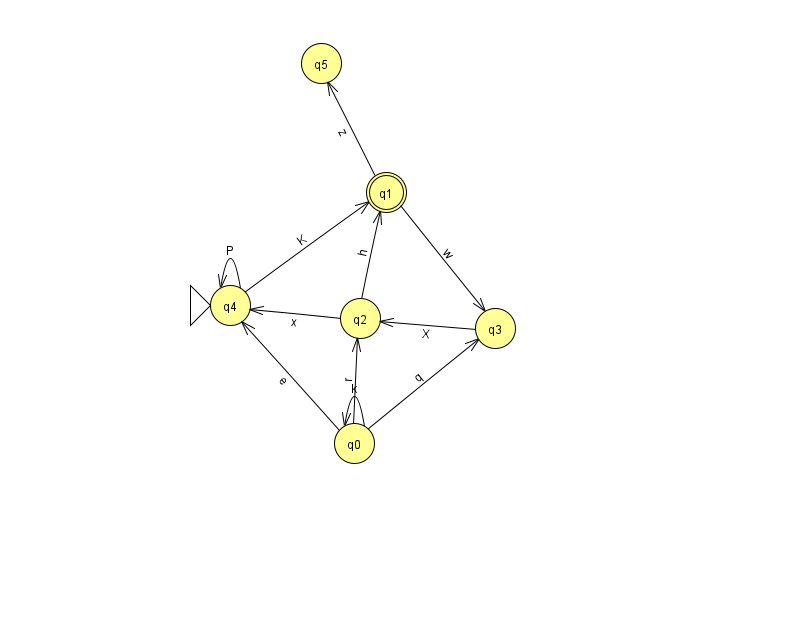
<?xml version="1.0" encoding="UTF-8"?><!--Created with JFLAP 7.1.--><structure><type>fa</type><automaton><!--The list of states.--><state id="0" name="q0"><x>354.0</x><y>430.0</y></state><state id="1" name="q1"><x>386.0</x><y>179.0</y><final/></state><state id="2" name="q2"><x>360.0</x><y>305.0</y></state><state id="3" name="q3"><x>495.0</x><y>315.0</y></state><state id="4" name="q4"><x>230.0</x><y>292.0</y><initial/></state><state id="5" name="q5"><x>321.0</x><y>50.0</y></state><!--The list of transitions.--><transition><from>4</from><to>4</to><read>P</read></transition><transition><from>1</from><to>5</to><read>z</read></transition><transition><from>0</from><to>3</to><read>q</read></transition><transition><from>3</from><to>2</to><read>X</read></transition><transition><from>1</from><to>3</to><read>w</read></transition><transition><from>2</from><to>1</to><read>h</read></transition><transition><from>0</from><to>0</to><read>k</read></transition><transition><from>0</from><to>4</to><read>e</read></transition><transition><from>2</from><to>4</to><read>x</read></transition><transition><from>4</from><to>1</to><read>K</read></transition><transition><from>0</from><to>2</to><read>r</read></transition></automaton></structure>